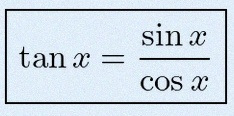
\tan x=\frac{\sin x}{\cos x}